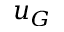
u _ { G }